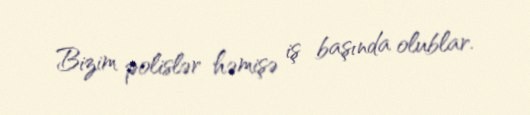
Bizim polislər həmişə iş başında olublar.